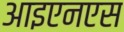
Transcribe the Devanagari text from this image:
आइएनएस